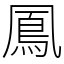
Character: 鳳